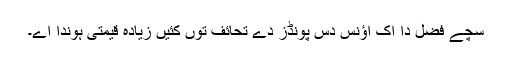
سچے فضل دا اِک اؤنس دس پونڈز دے تحائف توں کئیں زیادہ قیمتی ہوندا اے۔